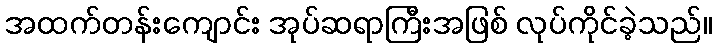
အထက်တန်းကျောင်း အုပ်ဆရာကြီးအဖြစ် လုပ်ကိုင်ခဲ့သည်။